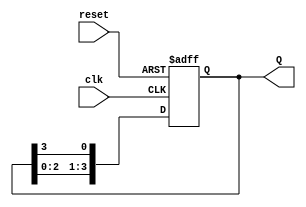
module ring_counter (
    input wire clk,          // Clock input
    input wire reset,        // Asynchronous reset input
    output reg [N-1:0] Q     // Output states of the flip-flops
);
    parameter N = 4;         // Number of flip-flops (states)

    // Initial state
    initial begin
        Q = 1'b1;            // Start with the first state (0001)
    end

    always @(posedge clk or posedge reset) begin
        if (reset) begin
            Q <= 1'b1;       // Reset to the first state (0001)
        end else begin
            // Shift the '1' to the left, wrapping around
            Q <= {Q[N-2:0], Q[N-1]}; // Move the '1' to the next flip-flop
        end
    end
endmodule